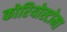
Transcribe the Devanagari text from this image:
कोरियोस्टोमा